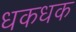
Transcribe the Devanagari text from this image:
धकधक